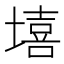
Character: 𰊦